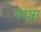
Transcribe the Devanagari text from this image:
वधूस